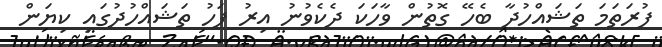
ފުރަތަމަ ތަޝައްހުދާ ބެހޭ ގޮތުން ވާހަކަ ދެކެވުނު އިރު ފަހު ތަޝައްހުދުގައި ކިޔަން